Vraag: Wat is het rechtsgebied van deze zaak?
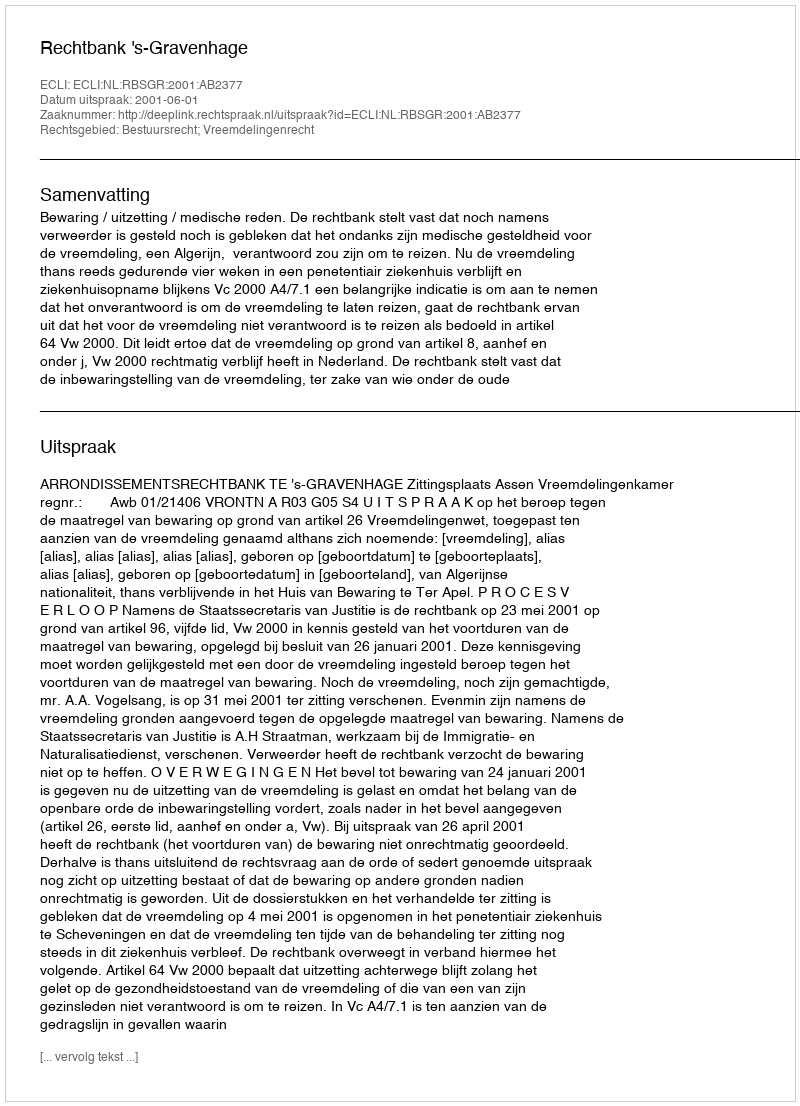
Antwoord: Bestuursrecht; Vreemdelingenrecht